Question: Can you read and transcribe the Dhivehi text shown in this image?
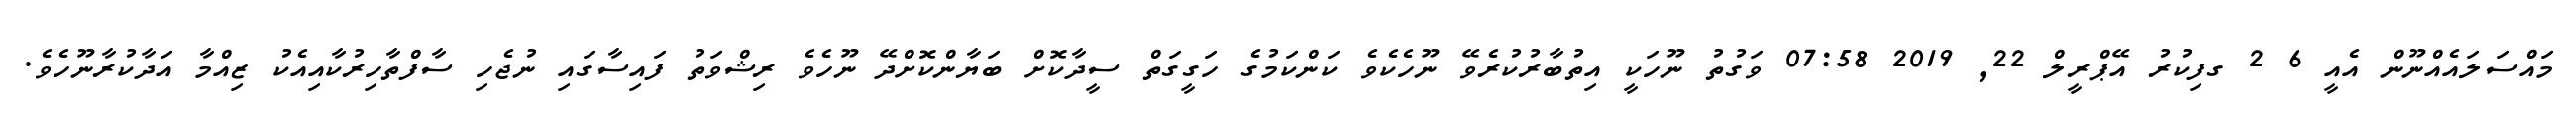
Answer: މައްސަލައެއްނޫން އެއީ 6 2 ގފިކުރު އޭޕްރީލް 22, 2019 07:58 ވަގުތު ނޫހަކީ އިތުބާރުކުރެވޭ ނޫހެކެވެ ކަންކަމުގެ ހަގީގަތް ސީދާކޮށް ބަޔާންކޮށްދޭ ނޫހެވެ ރިޝްވަތު ފައިސާގައި ނުޖެހި ސާފްތާހިރުކާއިއެކު ޒިއްމާ އަދާކުރާނޫހެވެ.